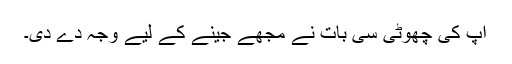
آپ کی چھوٹی سی بات نے مجھے جینے کے لیے وجہ دے دی۔